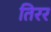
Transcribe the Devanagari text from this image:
तिरर